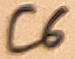
Text: C6